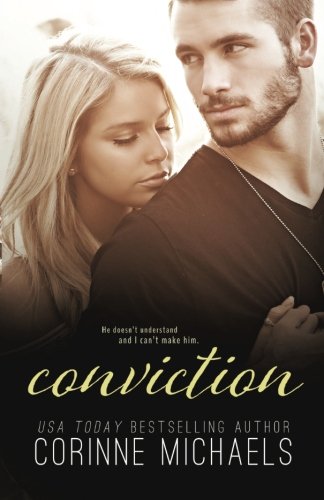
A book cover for Conviction (The Consolation Duet) (Volume 2); Corinne Michaels; Romance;